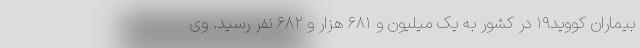
بیماران کووید۱۹ در کشور به یک میلیون و ۶۸۱ هزار و ۶۸۲ نفر رسید. وی